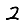
Digit: 2